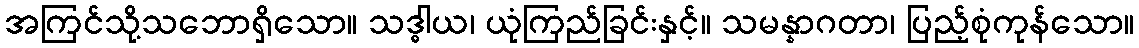
အကြင်သို့သဘောရှိသော။ သဒ္ဓါယ၊ ယုံကြည်ခြင်းနှင့်။ သမန္နာဂတာ၊ ပြည့်စုံကုန်သော။